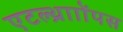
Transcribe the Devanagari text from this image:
एटल्थ्रााोंपस